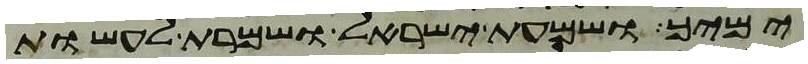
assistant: ימיך ושמעת ישראל ושמרת לעשות